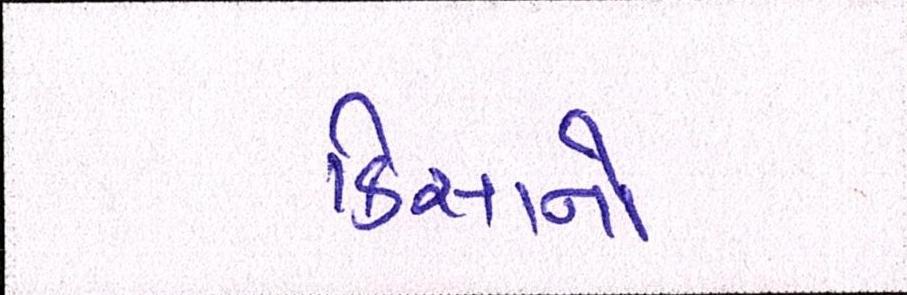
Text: કિસાનો